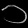
Digit: ၁